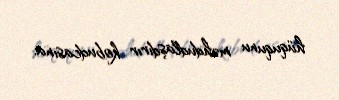
hüququnu məhdudlaşdırır kobudcasına.